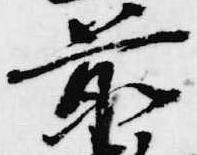
前